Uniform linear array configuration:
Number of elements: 8
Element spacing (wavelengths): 0.5
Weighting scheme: uniform
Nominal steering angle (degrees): -60
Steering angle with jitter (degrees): -58.326
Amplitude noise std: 0.05
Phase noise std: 0.05

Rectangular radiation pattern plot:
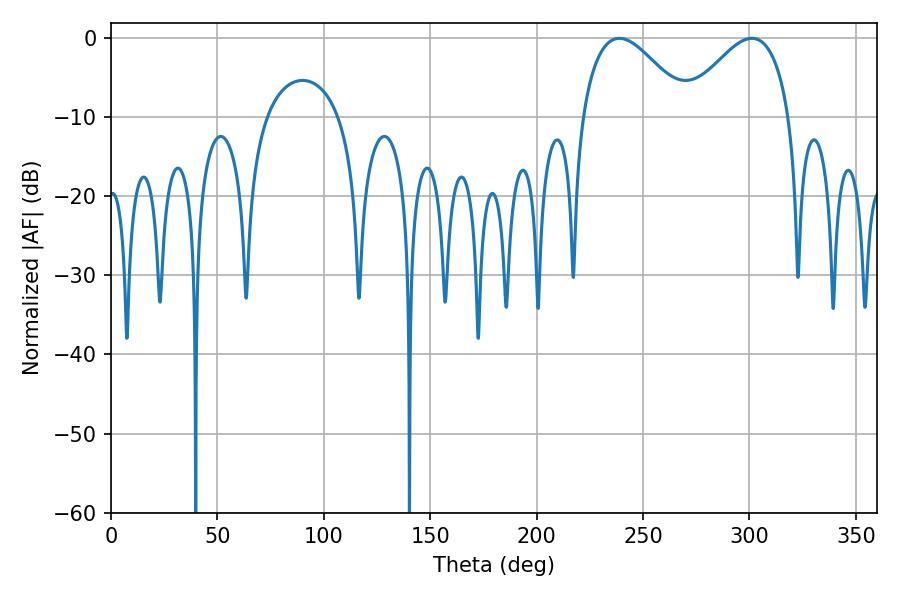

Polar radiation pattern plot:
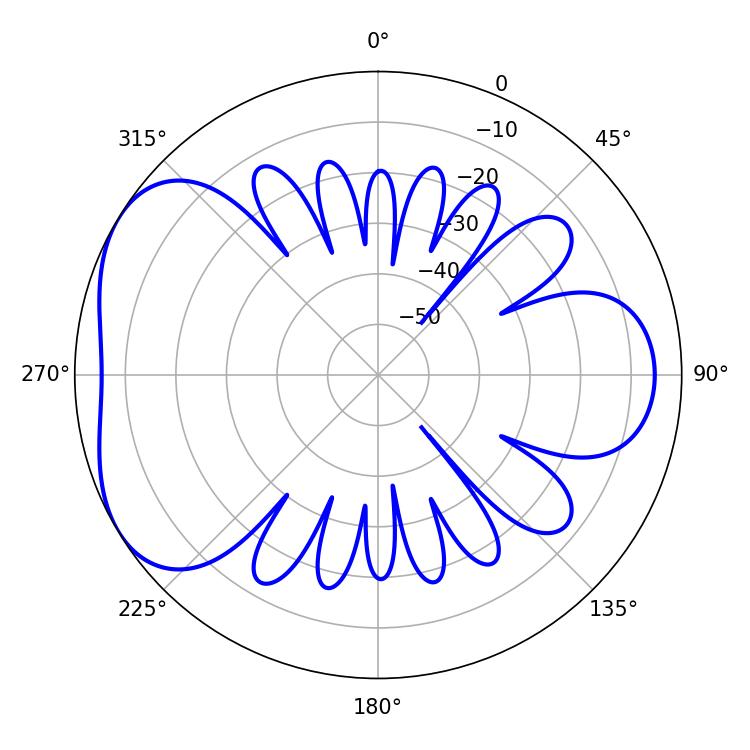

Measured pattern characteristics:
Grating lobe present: FALSE
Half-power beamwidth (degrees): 27
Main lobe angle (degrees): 238.86